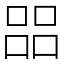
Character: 㗊